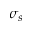
\sigma _ { s }